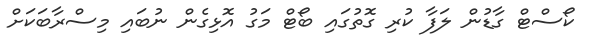
ކޯސްޓް ގާޑުން ލަފާ ކުރި ގޮތުގައި ބޯޓް މަގު އޮޅިގެން ނުބައި މިސްރާބަކަށް